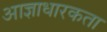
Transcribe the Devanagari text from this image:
आज्ञाधारकता